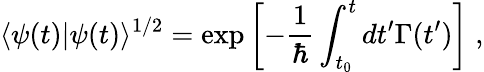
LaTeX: \langle\psi(t)|\psi(t)\rangle^{1/2}=\exp\left[-\frac{1}{\hbar}\int_{t_{0}}^{t}dt^{\prime}\Gamma(t^{\prime})\right]\; ,